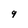
Character: g